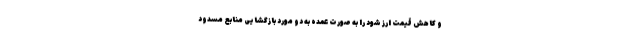
و کاهش قیمت ارز شود را به صورت عمده به دو مورد بازگشایی منابع مسدود